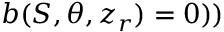
b ( S , \theta , z _ { r } ) = 0 ) )